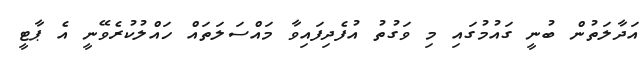
އަދާލަތުން ބުނީ ގައުމުގައި މި ވަގުތު އުފެދިފައިވާ މައްސަލަތައް ހައްލުކުރެވޭނީ އެ ޕާޓީ